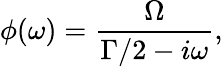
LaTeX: \phi(\omega)=\frac{\Omega}{\Gamma/2-i\omega},